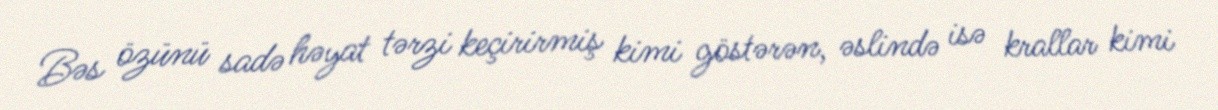
Bəs özünü sadə həyat tərzi keçirirmiş kimi göstərən, əslində isə krallar kimi